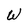
Character: W